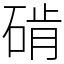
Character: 𬒔